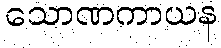
သောဏကာယန